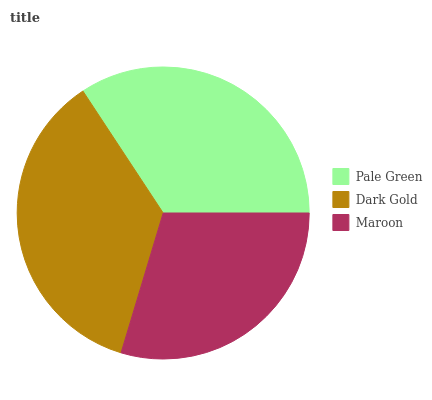
| Pale Green | Dark Gold | Maroon |
 | --- | --- | --- |
 | 34.2% | 36.1% | 29.6% |